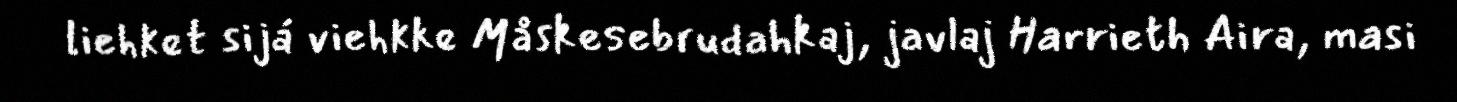
liehket sijá viehkke Måskesebrudahkaj, javlaj Harrieth Aira, masi